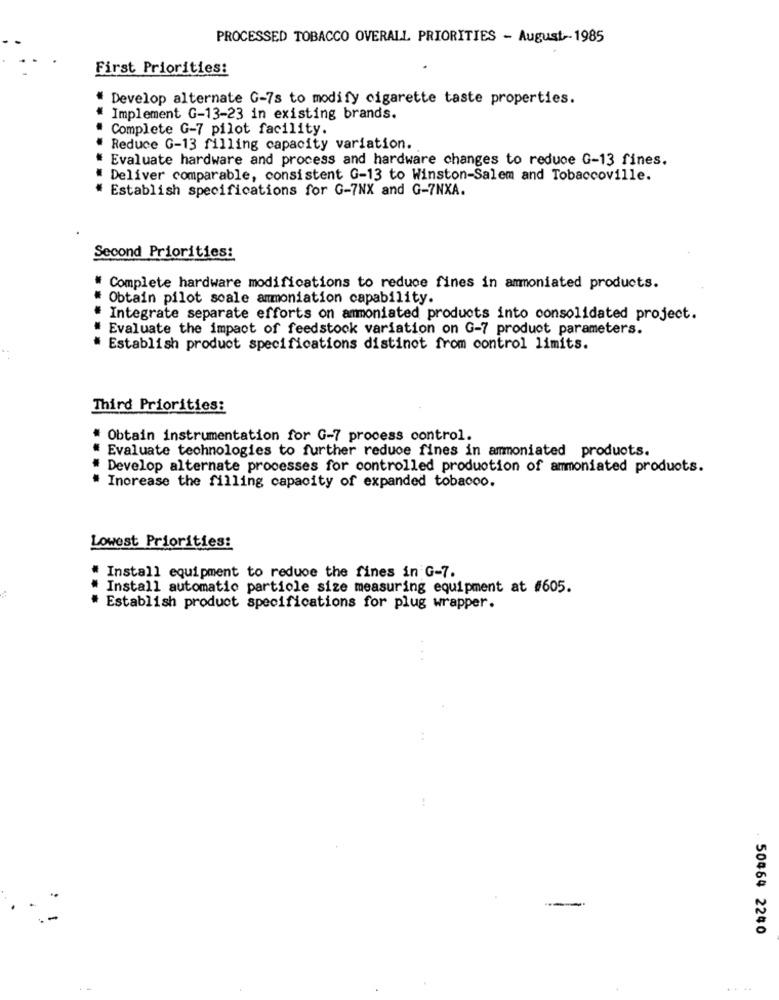
PROCESSED TOBACCO OVERALL PRIORITIES - August -- 1985
First Priorities:
" Develop alternate G-7s to modify cigarette taste properties.
* Implement G-13-23 in existing brands.
" Complete G-7 pilot facility.
Reduce G-13 filling capacity variation.
* Evaluate hardware and process and hardware changes to reduce G-13 fines.
" Deliver comparable, consistent G-13 to Winston-Salem and Tobaccoville.
* Establish specifications for G-7NX and G-7NXA.
Second Priorities:
Complete hardware modifications to reduce fines in ammoniated products.
Obtain pilot soale ammoniation capability.
Integrate separate efforts on ammoniated products into consolidated project.
Evaluate the impact of feedstock variation on G-7 product parameters.
Establish product specifications distinct from control limits.
Third Priorities:
# Obtain instrumentation for G-7 process control.
Evaluate technologies to further reduce fines in ammoniated products.
Develop alternate processes for controlled production of ammoniated products.
# Increase the filling capacity of expanded tobacco.
Lowest Priorities:
Install equipment to reduce the fines in G-7.
Install automatic particle size measuring equipment at #605.
Establish product specifications for plug wrapper.
50464 2240
-